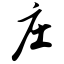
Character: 庄